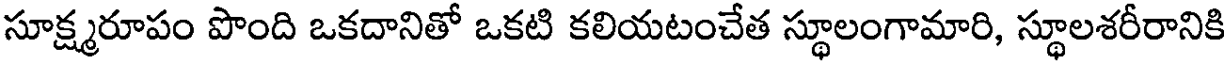
సూక్ష్మరూపం పొంది ఒకదానితో ఒకటి కలియటంచేత స్థూలంగామారి, స్థూలశరీరానికి